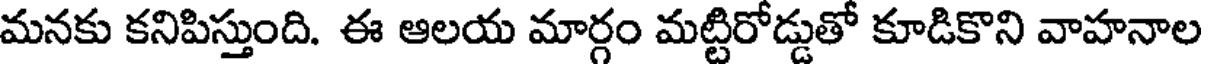
మనకు కనిపిస్తుంది. ఈ ఆలయ మార్గం మట్టిరోడ్డుతో కూడికొని వాహనాల